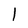
Character: 1